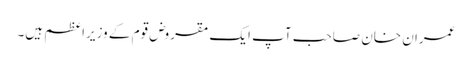
عمران خان صاحب آپ ایک مقروض قوم کے وزیراعظم ہیں۔